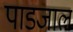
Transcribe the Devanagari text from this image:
पाडजाल